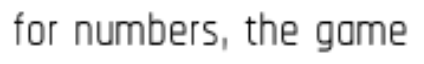
for numbers, the game